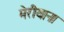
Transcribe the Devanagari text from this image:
मेरीयाना